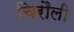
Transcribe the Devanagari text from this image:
चिरौली